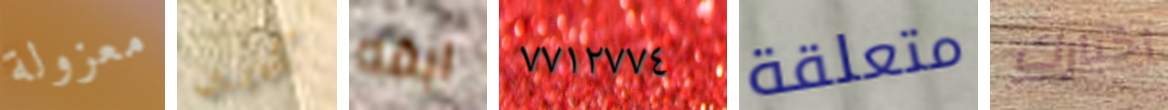
معزولة كيرين ابقه ٧٧١٢٧٧٤ متعلقة اخبارك